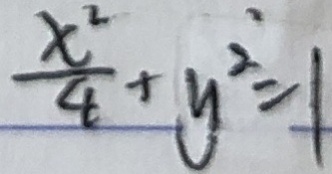
\frac { x ^ { 2 } } { 4 } + y ^ { 2 } = 1